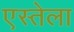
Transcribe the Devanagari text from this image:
एस्तेला